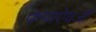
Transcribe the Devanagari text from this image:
कपाऐवजी